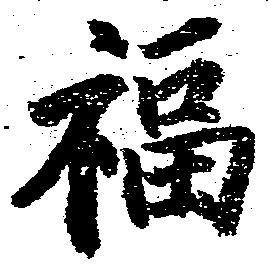
福